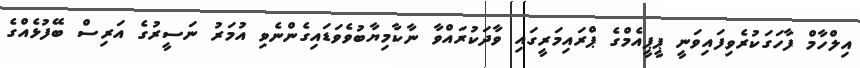
އިލްހާމް ފާހަގަކުރެވިފައިވަނީ ޕީޕީއެމްގެ ޕްރައިމަރީގައި ވާދަކުރައްވާ ނާކާމިޔާބުވެވަޑައިގެންނެވި އުމަރު ނަސީރުގެ އަރިސް ބޭފުޅެއްގެ